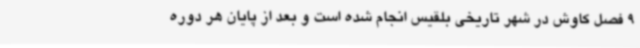
9 فصل کاوش در شهر تاریخی بلقیس انجام شده است و بعد از پایان هر دوره